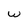
Character: W